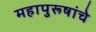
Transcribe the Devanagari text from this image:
महापुरूषांचे